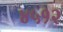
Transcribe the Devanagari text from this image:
४५१२